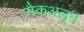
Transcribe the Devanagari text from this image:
मैकअलून